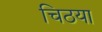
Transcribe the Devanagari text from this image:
चिठया